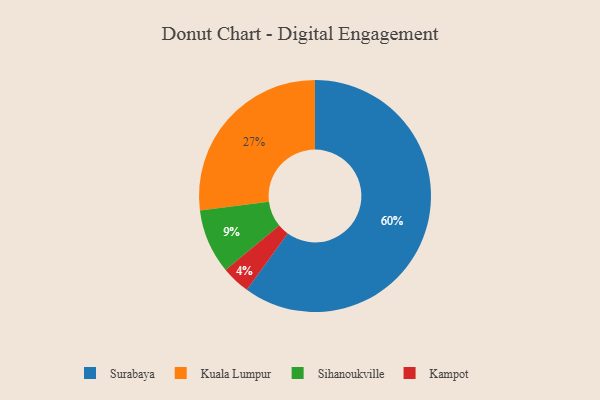
{"axis": {"x": "Category", "y": "Percentage"}, "legend": ["Kampot", "Kuala Lumpur", "Sihanoukville", "Surabaya"], "data": [{"x": "Surabaya", "y": 60, "type": "Surabaya"}, {"x": "Sihanoukville", "y": 9, "type": "Sihanoukville"}, {"x": "Kuala Lumpur", "y": 27, "type": "Kuala Lumpur"}, {"x": "Kampot", "y": 4, "type": "Kampot"}]}